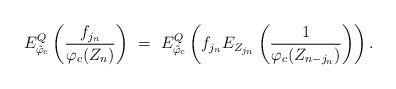
LaTeX: \begin{align*} E_{\tilde \varphi_c}^Q \left ( \frac{f_{j_n} }{\varphi_c (Z_n)}\right) \ = \ E_{\tilde\varphi_c}^Q \left ( f_{j_n} E_{Z_{j_n}} \left ( \frac{1}{\varphi_c (Z_{n-j_n})}\right)\right).\end{align*}